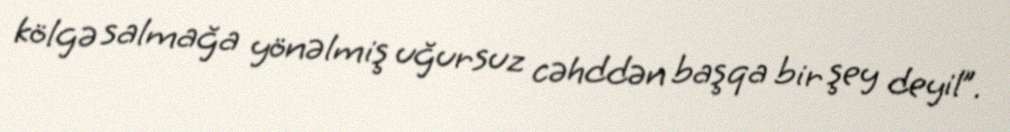
kölgə salmağa yönəlmiş uğursuz cəhddən başqa bir şey deyil”.